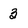
Character: 3